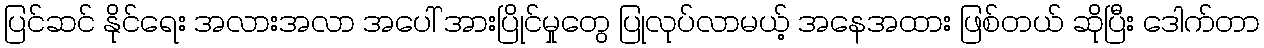
ပြင်ဆင် နိုင်ရေး အလားအလာ အပေါ် အားပြိုင်မှုတွေ ပြုလုပ်လာမယ့် အနေအထား ဖြစ်တယ် ဆိုပြီး ဒေါက်တာ